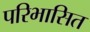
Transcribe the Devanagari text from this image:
परिभासित